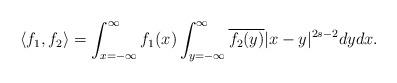
LaTeX: \begin{align*}\langle f_{1},f_{2} \rangle = \int_{x=-\infty}^{\infty} f_{1}(x) \int_{y=-\infty}^{\infty}\overline{f_{2}(y)}\lvert x-y \rvert^{2s-2}dydx.\end{align*}